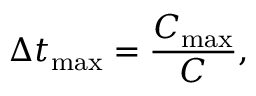
\Delta t _ { \operatorname* { m a x } } = \frac { C _ { \operatorname* { m a x } } } { C } ,